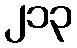
၂၁၃